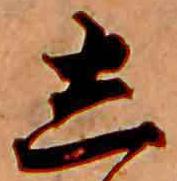
し